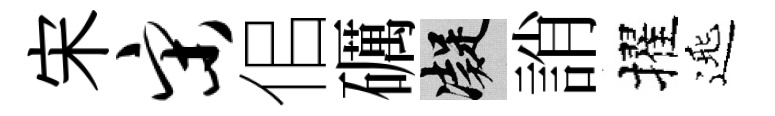
宋宋佀礪凝誚擢𨓱